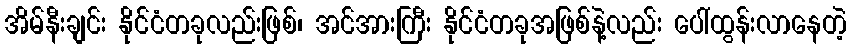
အိမ်နီးချင်း နိုင်ငံတခုလည်းဖြစ်၊ အင်အားကြီး နိုင်ငံတခုအဖြစ်နဲ့လည်း ပေါ်ထွန်းလာနေတဲ့